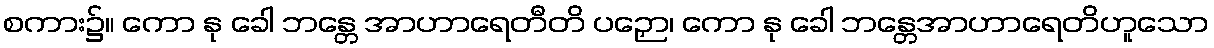
စကား၌။ ကော နု ခေါ ဘန္တေ အာဟာရေတီတိ ပဉှော၊ ကော နု ခေါ ဘန္တေအာဟာရေတိဟူသော